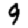
Digit: 9